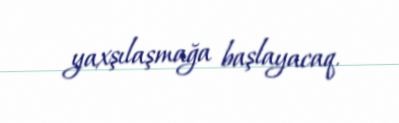
yaxşılaşmağa başlayacaq.